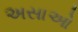
અસાઓ